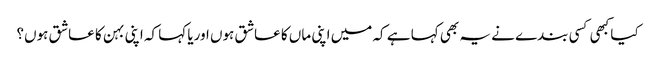
کیا کبھی کسی بندے نے یہ بھی کہا ہے کہ میں اپنی ماں کا عاشق ہوں اوریا کہا کہ اپنی بہن کا عاشق ہوں؟